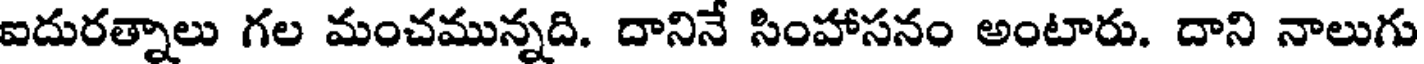
ఐదురత్నాలు గల మంచమున్నది. దానినే సింహాసనం అంటారు. దాని నాలుగు